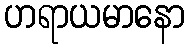
ဟရာယမာနော